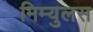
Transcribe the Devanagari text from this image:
मिम्युलस